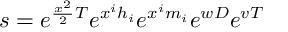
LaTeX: s = e ^ { { \frac { x ^ { 2 } } { 2 } } T } e ^ { x ^ { i } h _ { i } } e ^ { x ^ { i } m _ { i } } e ^ { w D } e ^ { v T }